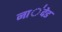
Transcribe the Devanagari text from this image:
ना॑देड